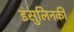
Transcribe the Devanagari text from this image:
इंसुलिनकी